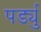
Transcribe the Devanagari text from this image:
पर्ड्यु